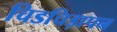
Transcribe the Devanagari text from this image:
चिडचिड़ापन